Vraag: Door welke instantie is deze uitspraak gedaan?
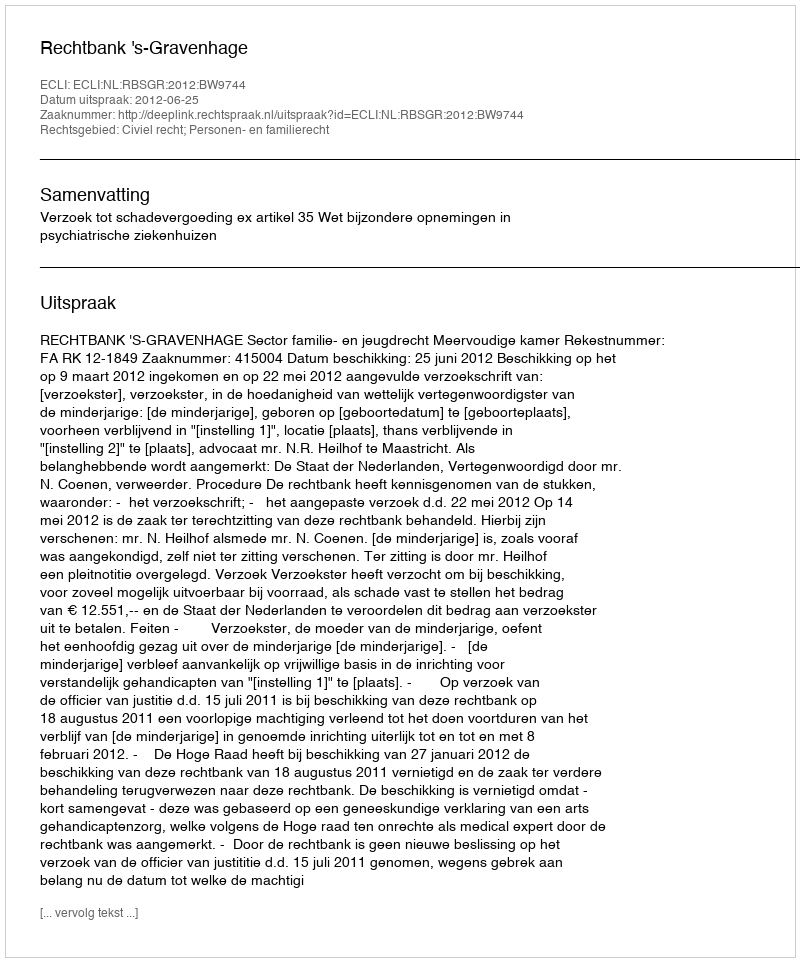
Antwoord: Rechtbank 's-Gravenhage